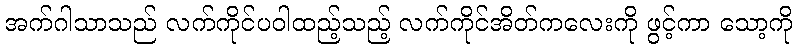
အက်ဂါသာသည် လက်ကိုင်ပဝါထည့်သည့် လက်ကိုင်အိတ်ကလေးကို ဖွင့်ကာ သော့ကို